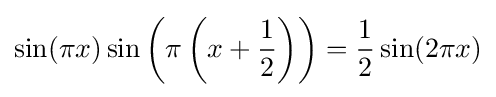
\sin(\pi x)\sin \left(\pi \left(x+{\frac {1}{2}}\right)\right)={\frac {1}{2}}\sin(2\pi x)